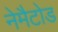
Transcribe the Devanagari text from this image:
नेमैटोड